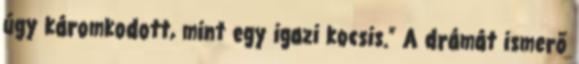
úgy káromkodott, mint egy igazi kocsis.” A drámát ismerő